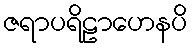
ဇရာပရိဠာဟေနပိ